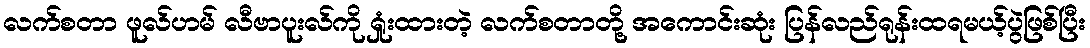
လက်စတာ ဖူလ်ဟမ် လီဗာပူးလ်ကို ရှုံးထားတဲ့ လက်စတာတို့ အကောင်းဆုံး ပြန်လည်ရုန်းထရမယ့်ပွဲဖြစ်ပြီး